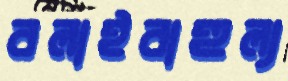
বলাইবাহুল্য